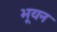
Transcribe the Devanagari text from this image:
भूयन